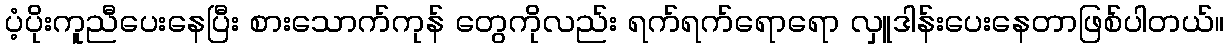
ပံ့ပိုးကူညီပေးနေပြီး စားသောက်ကုန် တွေကိုလည်း ရက်ရက်ရောရော လှူဒါန်းပေးနေတာဖြစ်ပါတယ်။